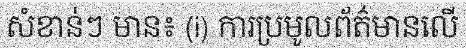
សំខាន់ៗ មាន៖ (i) ការប្រមូលព័ត៌មានលើ